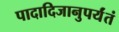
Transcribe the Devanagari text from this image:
पादादिजानुपर्यंतं